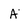
Character: A